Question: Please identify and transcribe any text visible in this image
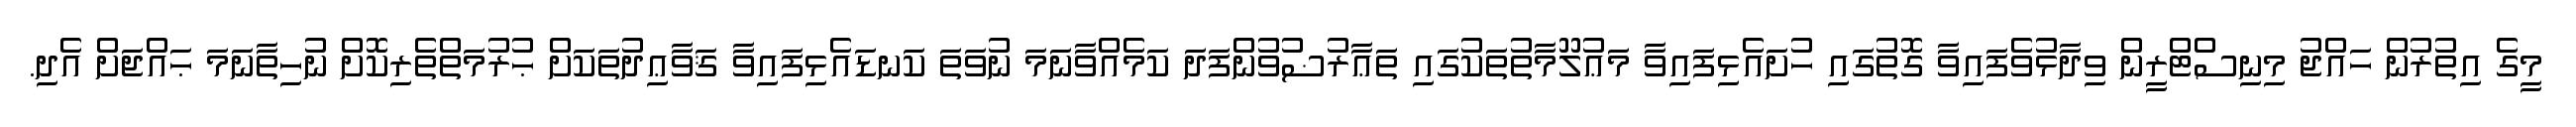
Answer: މީގެ އިތުރުން ހައްޖު މިނިސްޓްރީން ވިދާޅުވެފައިވާ ގޮތުގައި ހުށައެޅިފައިވާ މަޢުލޫމާތުތަކުގައި ތަޢާރުޟުވުންފަދަ ކަމެއްވާނަމަ ނުވަތަ ކަނޑައެޅިފައިވާ ޤަވާޢިދުތަކަށް ޙުރުމަތްތެރިކޮށް ނުހިތާނަމަ ޙައްޖަށް އެދި.